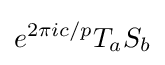
e^{2\pi ic/p}T_{a}S_{b}